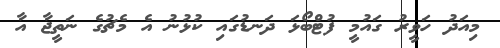
މިއަދު ހަވީރު ގައުމީ ފުޓްބޯޅަ ދަނޑުގައި ކުޅުނު އެ މެޗުގެ ނަތީޖާ އާ